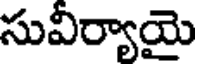
సువీర్యాయై